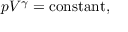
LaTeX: p V ^ { \gamma } = { \mathrm { c o n s t a n t } } ,